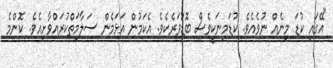
"އޭގައި ކުޑަ މިނެއް ނުވެއެވެ. ކުޑަމިނަކީވެސް ބޮޑުވަރެކެވެ. އެކަމުން އަޅަމެން ސަލާމަތްކުރައްވާށިއެވެ. ކޮންމެ